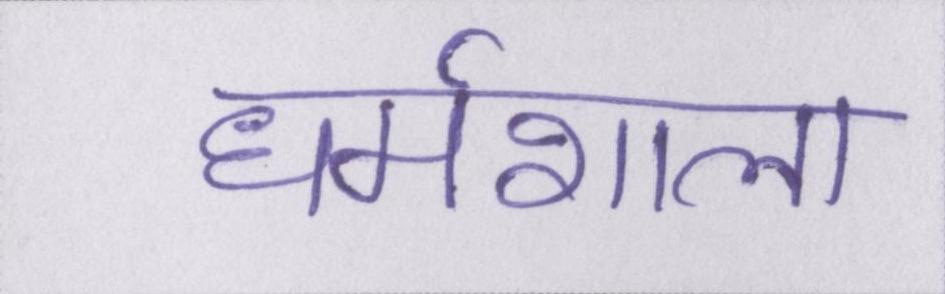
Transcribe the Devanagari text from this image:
धर्मशाला